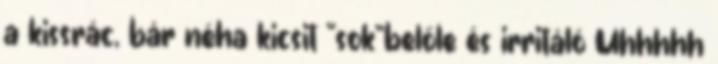
a kissrác, bár néha kicsit “sok”belőle és irritáló Uhhhhh